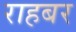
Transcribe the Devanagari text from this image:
राहबर